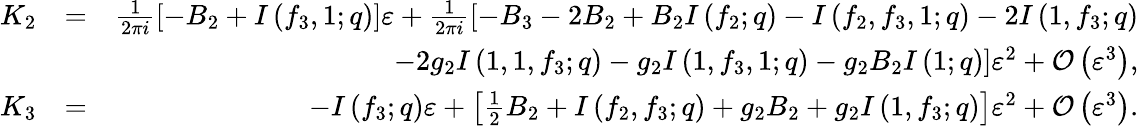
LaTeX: \begin{array}{rlr}{K_{2}}&{=}&{\frac{1}{2\pi i}\left[-B_{2}+I\left(f_{3},1;q\right)\right]\varepsilon+\frac{1}{2\pi i}\left[-B_{3}-2B_{2}+B_{2}I\left(f_{2};q\right)-I\left(f_{2},f_{3},1;q\right)-2I\left(1,f_{3};q\right)\right.}\\ &{}&{\left.-2g_{2}I\left(1,1,f_{3};q\right)-g_{2}I\left(1,f_{3},1;q\right)-g_{2}B_{2}I\left(1;q\right)\right]\varepsilon^{2}+{\mathcal O}\left(\varepsilon^{3}\right),}\\ {K_{3}}&{=}&{-I\left(f_{3};q\right)\varepsilon+\left[\frac{1}{2}B_{2}+I\left(f_{2},f_{3};q\right)+g_{2}B_{2}+g_{2}I\left(1,f_{3};q\right)\right]\varepsilon^{2}+{\mathcal O}\left(\varepsilon^{3}\right).}\end{array}